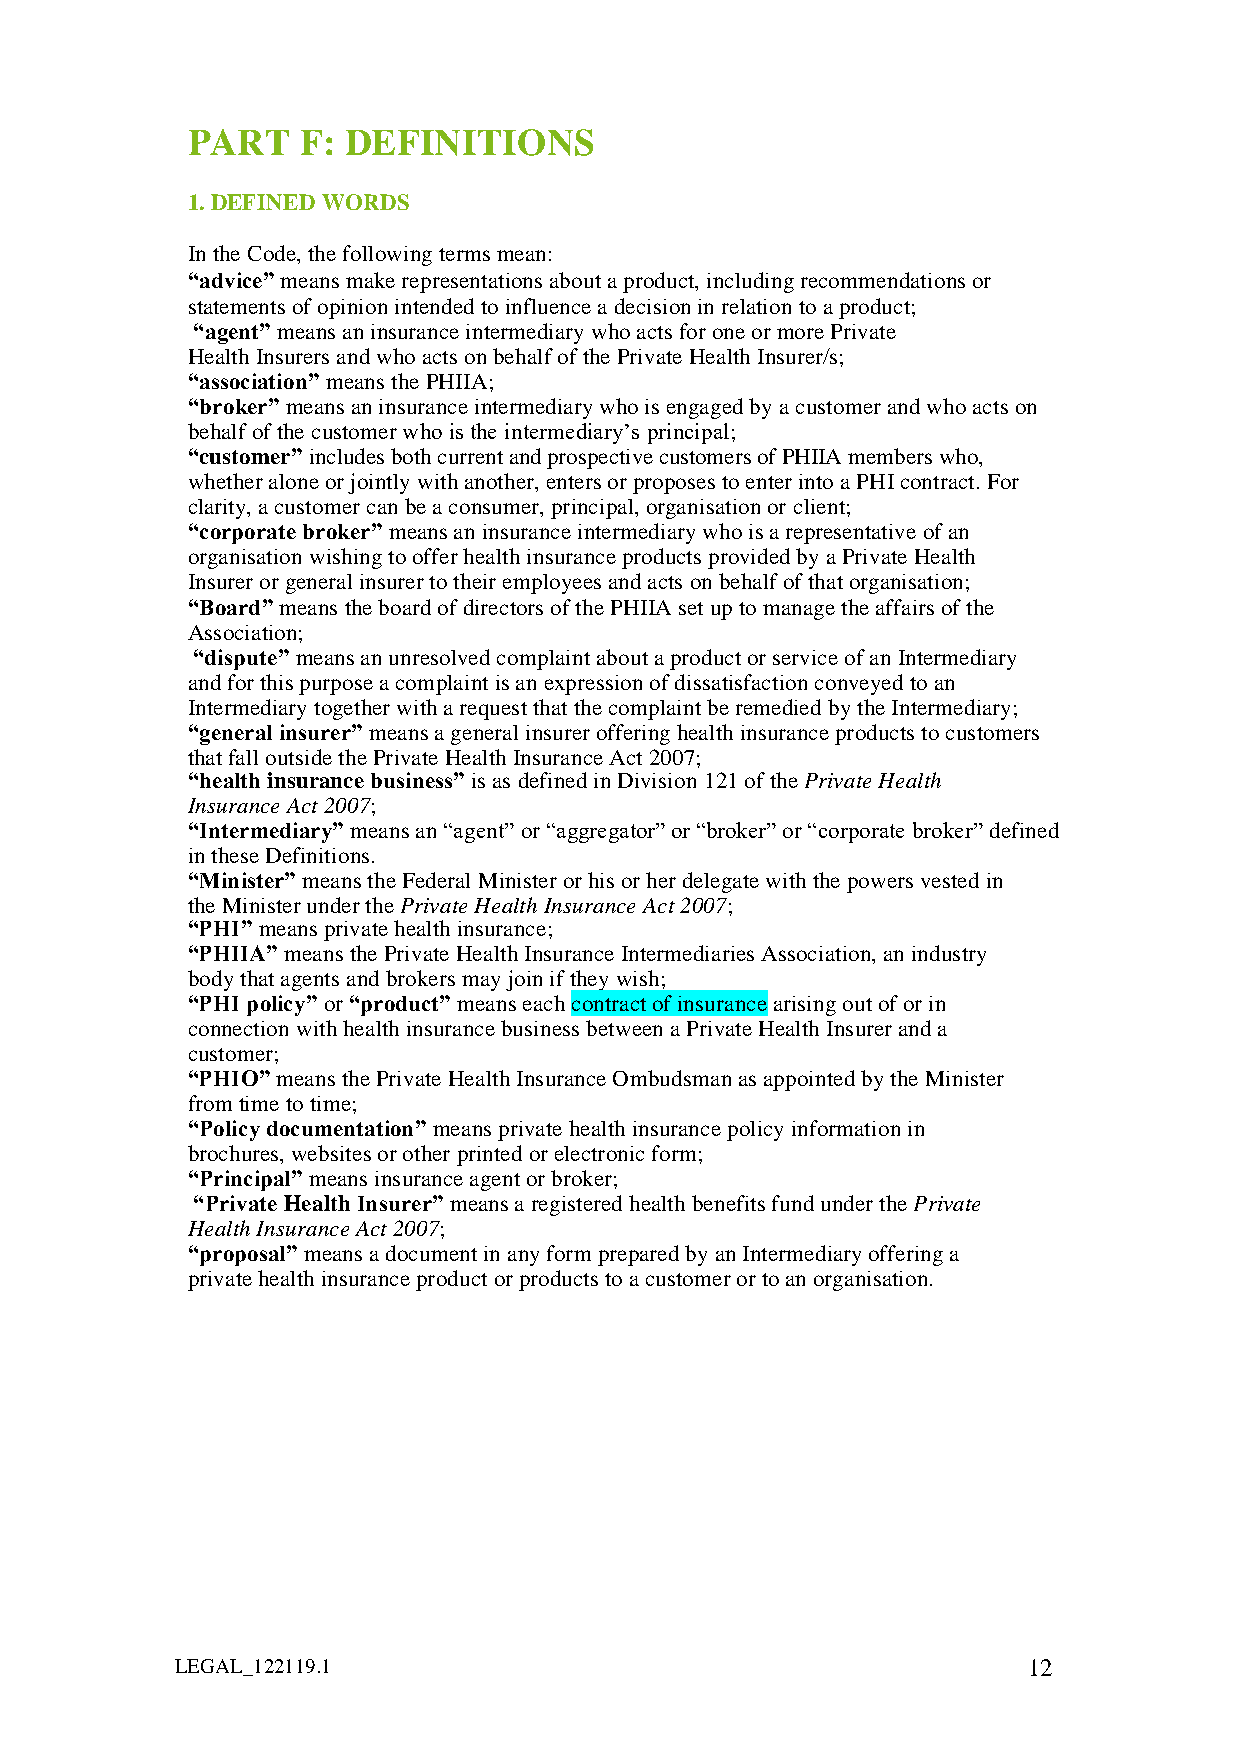
PART    F: DEFINITIONS
 1. DEFINED WORDS
 In the Code, the following terms mean:
 “advice” means make representations about a product, including recommendations or
 statements of opinion intended to influence a decision in relation to a product;
 “agent” means an insurance intermediary who acts for one or more Private
 Health Insurers and who acts on behalf of the Private Health Insurer/s;
 “association” means the PHIIA;
 “broker” means an insurance intermediary who is engaged by a customer and who acts on
 behalf of the customer who is the intermediary’s principal;
 “customer” includes both current and prospective customers of PHIIA members who,
 whether alone or jointly with another, enters or proposes to enter into a PHI contract. For
 clarity, a customer can be a consumer, principal, organisation or client;
 “corporate broker” means an insurance intermediary who is a representative of an
 organisation wishing to offer health insurance products provided by a Private Health
 Insurer or general insurer to their employees and acts on behalf of that organisation;
 “Board” means the board of directors of the PHIIA set up to manage the affairs of the
 Association;
 “dispute” means an unresolved complaint about a product or service of an Intermediary
 and for this purpose a complaint is an expression of dissatisfaction conveyed to an
 Intermediary together with a request that the complaint be remedied by the Intermediary;
 “general insurer” means a general insurer offering health insurance products to customers
 that fall outside the Private Health Insurance Act 2007;
 “health insurance business” is as defined in Division 121 of the Private Health
 Insurance Act 2007;
 “Intermediary” means an “agent” or “aggregator” or “broker” or “corporate broker” defined
 in these Definitions.
 “Minister” means the Federal Minister or his or her delegate with the powers vested in
 the Minister under the Private Health Insurance Act 2007;
 “PHI” means private health insurance;
 “PHIIA” means the Private Health Insurance Intermediaries Association, an industry
 body that agents and brokers may join if they wish;
 “PHI policy” or “product” means each contract of insurance arising out of or in
 connection with health insurance business between a Private Health Insurer and a
 customer;
 “PHIO” means the Private Health Insurance Ombudsman as appointed by the Minister
 from time to time;
 “Policy documentation” means private health insurance policy information in
 brochures, websites or other printed or electronic form;
 “Principal” means insurance agent or broker;
 “Private Health Insurer” means a registered health benefits fund under the Private
 Health Insurance Act 2007;
 “proposal” means a document in any form prepared by an Intermediary offering a
 private health insurance product or products to a customer or to an organisation.
 LEGAL_122119.1                                          12